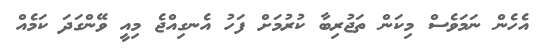
އެހެން ނަމަވެސް މިކަން ތަޖުރިބާ ކުރުމަށް ފަހު އެނގިއްޖެ މިއީ ވޭންގަދަ ކަމެއް